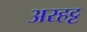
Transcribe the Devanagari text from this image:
अरहट्ट